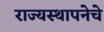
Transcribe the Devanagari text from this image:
राज्यस्थापनेचे